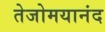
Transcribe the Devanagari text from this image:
तेजोमयानंद